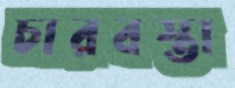
চারবস্তা